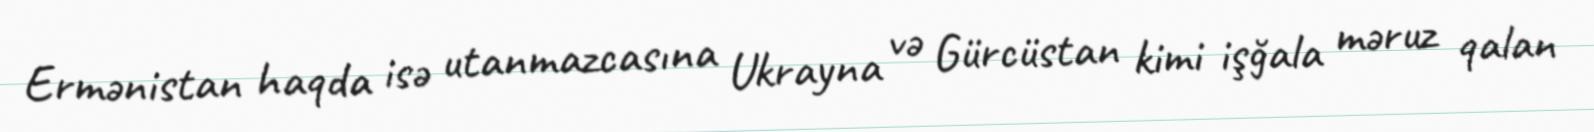
Ermənistan haqda isə utanmazcasına Ukrayna və Gürcüstan kimi işğala məruz qalan